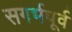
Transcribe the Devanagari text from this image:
सगर्भपूर्व